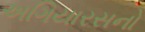
અગિયારસનો